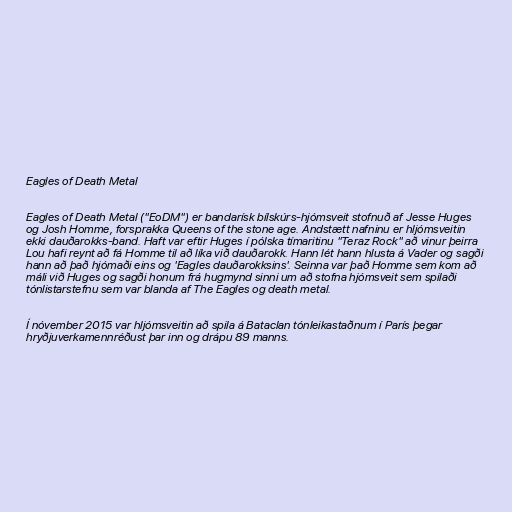
Eagles of Death Metal

Eagles of Death Metal ("EoDM") er bandarísk bílskúrs-hjómsveit stofnuð af Jesse Huges
og Josh Homme, forsprakka Queens of the stone age. Andstætt nafninu er hljómsveitin
ekki dauðarokks-band. Haft var eftir Huges í pólska tímaritinu "Teraz Rock" að vinur þeirra
Lou hafi reynt að fá Homme til að líka við dauðarokk. Hann lét hann hlusta á Vader og sagði
hann að það hjómaði eins og 'Eagles dauðarokksins'. Seinna var það Homme sem kom að
máli við Huges og sagði honum frá hugmynd sinni um að stofna hjómsveit sem spilaði
tónlistarstefnu sem var blanda af The Eagles og death metal.

Í nóvember 2015 var hljómsveitin að spila á Bataclan tónleikastaðnum í París þegar
hryðjuverkamennréðust þar inn og drápu 89 manns.